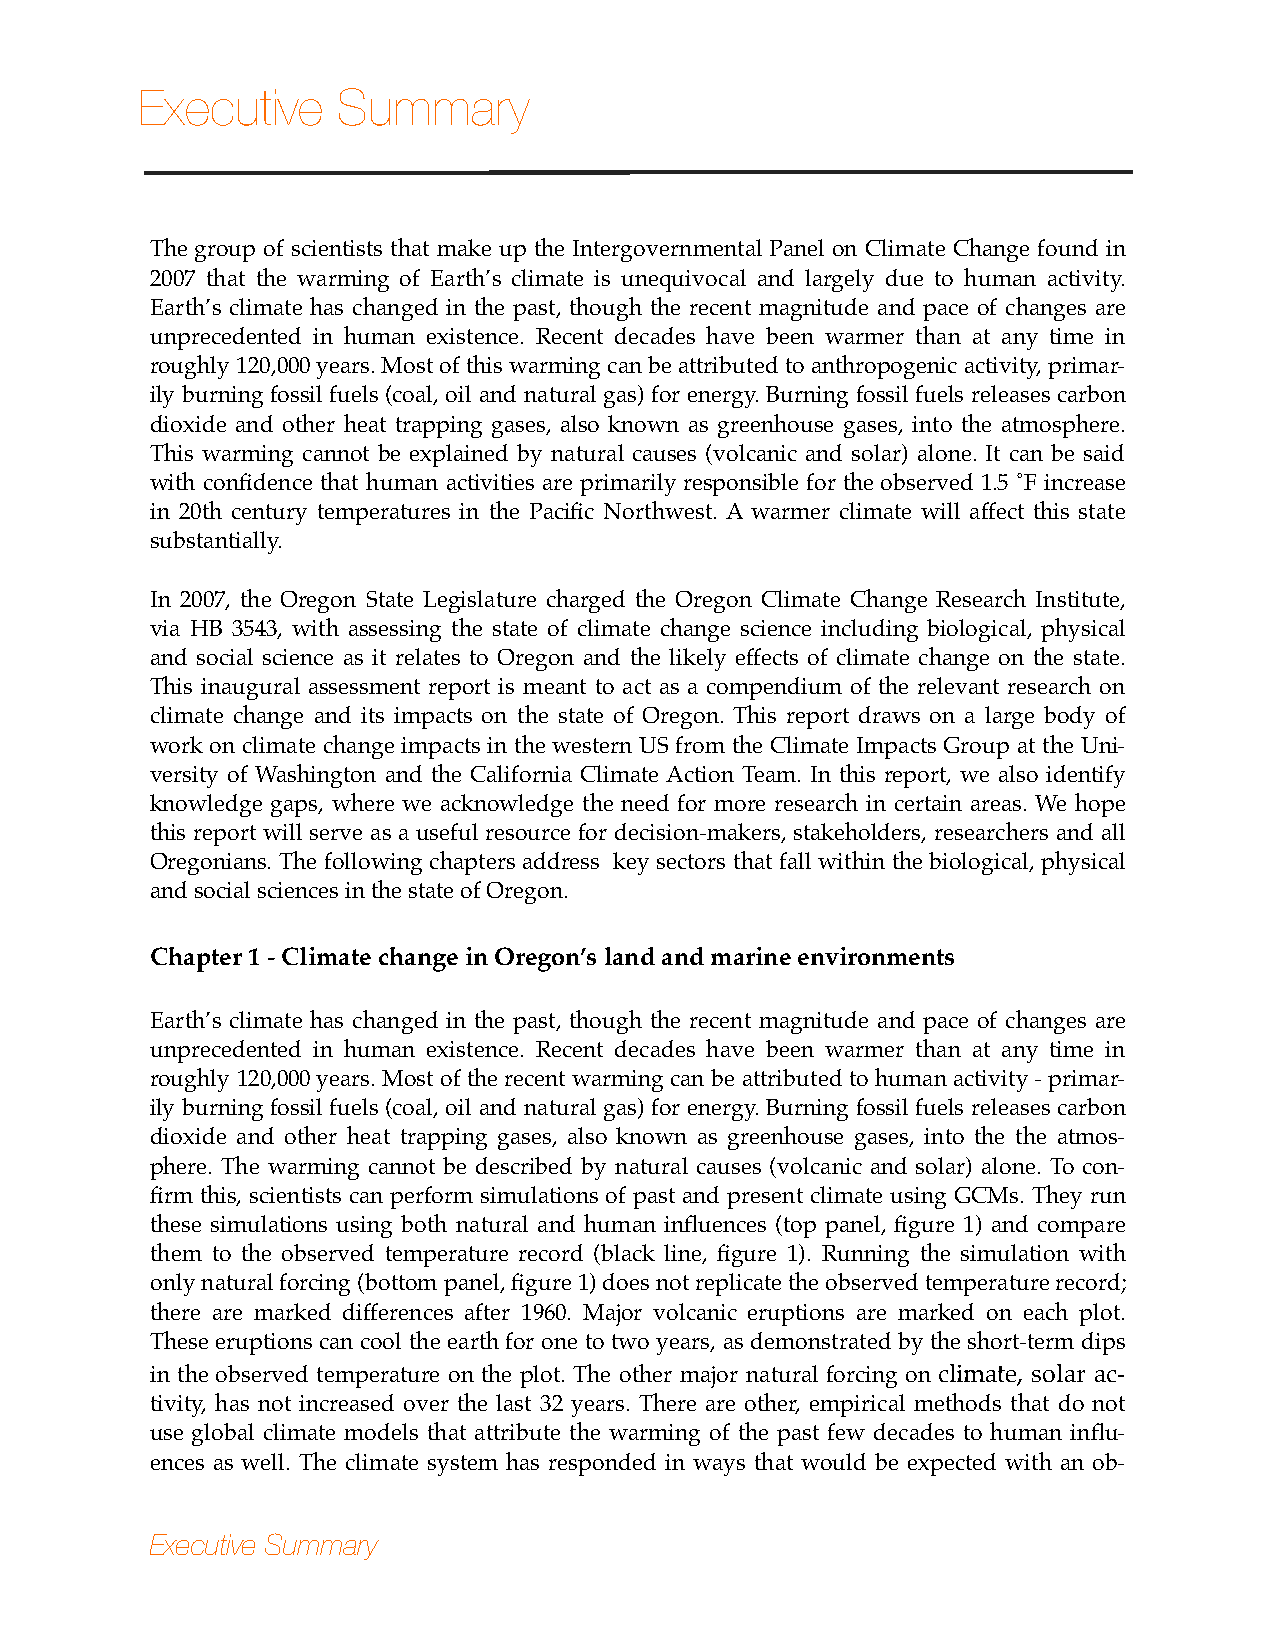
Executive    Summary
 The group of scientists that make up the Intergovernmental Panel on Climate Change found in
 2007 that the warming of Earth’s climate is unequivocal and largely due to human activity.
 Earth’s climate has changed in the past, though the recent magnitude and pace of changes are
 unprecedented in human existence. Recent decades have been warmer than at any time in
 roughly 120,000 years. Most of this warming can be attributed to anthropogenic activity, primar-
 ily burning fossil fuels (coal, oil and natural gas) for energy. Burning fossil fuels releases carbon
 dioxide and other heat trapping gases, also known as greenhouse gases, into the atmosphere.
 This warming cannot be explained by natural causes (volcanic and solar) alone. It can be said
 with confidence that human activities are primarily responsible for the observed 1.5 ˚F increase
 in 20th century temperatures in the Pacific Northwest. A warmer climate will affect this state
 substantially.
 In 2007, the Oregon State Legislature charged the Oregon Climate Change Research Institute,
 via HB 3543, with assessing the state of climate change science including biological, physical
 and social science as it relates to Oregon and the likely effects of climate change on the state.
 This inaugural assessment report is meant to act as a compendium of the relevant research on
 climate change and its impacts on the state of Oregon. This report draws on a large body of
 work on climate change impacts in the western US from the Climate Impacts Group at the Uni-
 versity of Washington and the California Climate Action Team. In this report, we also identify
 knowledge gaps, where we acknowledge the need for more research in certain areas. We hope
 this report will serve as a useful resource for decision-makers, stakeholders, researchers and all
 Oregonians. The following chapters address key sectors that fall within the biological, physical
 and social sciences in the state of Oregon.
 Chapter 1 - Climate change in Oregon’s land and marine environments
 Earth’s climate has changed in the past, though the recent magnitude and pace of changes are
 unprecedented in human existence. Recent decades have been warmer than at any time in
 roughly 120,000 years. Most of the recent warming can be attributed to human activity - primar-
 ily burning fossil fuels (coal, oil and natural gas) for energy. Burning fossil fuels releases carbon
 dioxide and other heat trapping gases, also known as greenhouse gases, into the the atmos-
 phere. The warming cannot be described by natural causes (volcanic and solar) alone. To con-
 firm this, scientists can perform simulations of past and present climate using GCMs. They run
 these simulations using both natural and human influences (top panel, figure 1) and compare
 them to the observed temperature record (black line, figure 1). Running the simulation with
 only natural forcing (bottom panel, figure 1) does not replicate the observed temperature record;
 there are marked differences after 1960. Major volcanic eruptions are marked on each plot.
 These eruptions can cool the earth for one to two years, as demonstrated by the short-term dips
 in the observed temperature on the plot. The other major natural forcing on climate, solar ac-
 tivity, has not increased over the last 32 years. There are other, empirical methods that do not
 use global climate models that attribute the warming of the past few decades to human influ-
 ences as well. The climate system has responded in ways that would be expected with an ob-
 Executive Summary